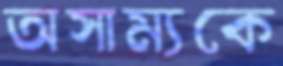
অসাম্যকে